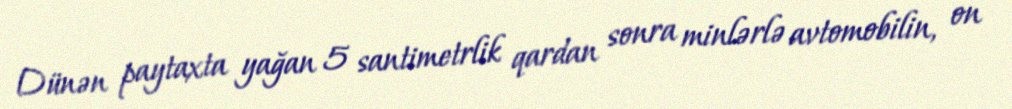
Dünən paytaxta yağan 5 santimetrlik qardan sonra minlərlə avtomobilin, on